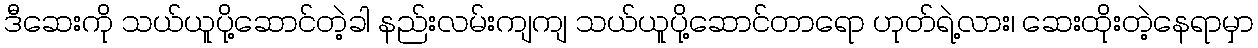
ဒီဆေးကို သယ်ယူပို့ဆောင်တဲ့ခါ နည်းလမ်းကျကျ သယ်ယူပို့ဆောင်တာရော ဟုတ်ရဲ့လား၊ ဆေးထိုးတဲ့နေရာမှာ